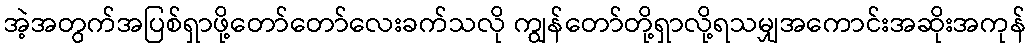
အဲ့အတွက်အပြစ်ရှာဖို့တော်တော်လေးခက်သလို ကျွန်တော်တို့ရှာလို့ရသမျှအကောင်းအဆိုးအကုန်